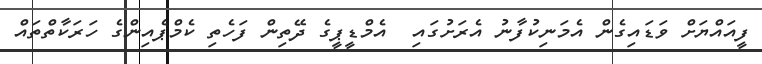
ފީއައްޔަށް ވަޑައިގެން އެމަނިކުފާނު އެރަށުގައި  އެމްޑީޕީގެ ދޭތިން ފަހެތި ކެމްޕެއިންގެ ހަރަކާތްތައް